Annual report on the Civil Veterinary Department, Burma (including the Insein Veterinary School) - 1923-1931
Year: 1923
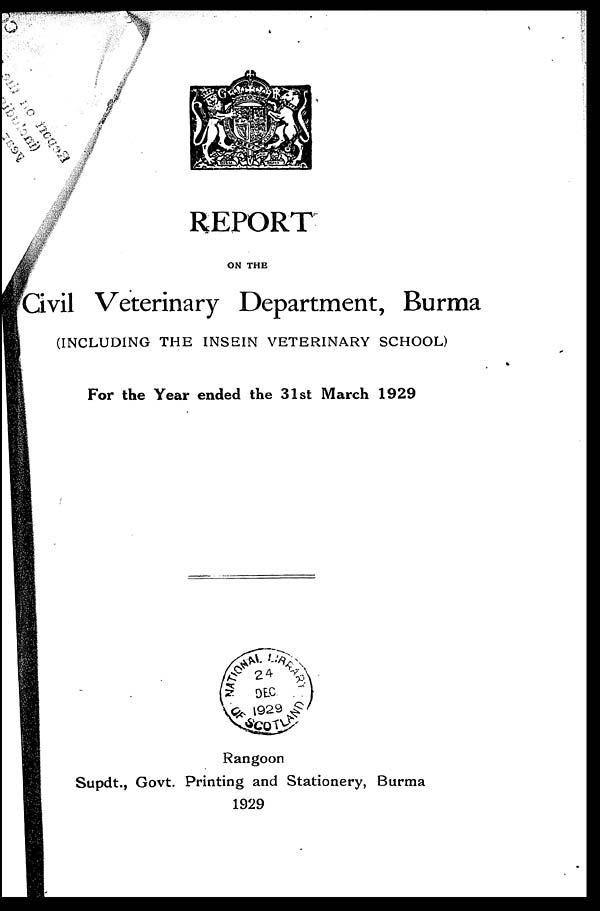
REPORT
ON THE
Civil Veterinary Department, Burma
(INCLUDING THE INSEIN VETERINARY SCHOOL)
For the Year ended the 31st March 1929
Rangoon
Supdt., Govt. Printing and Stationery, Burma
1929